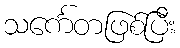
သင်္ကေတဖြစ်ပြီး